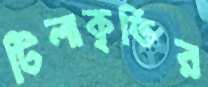
টিলাকৃতির